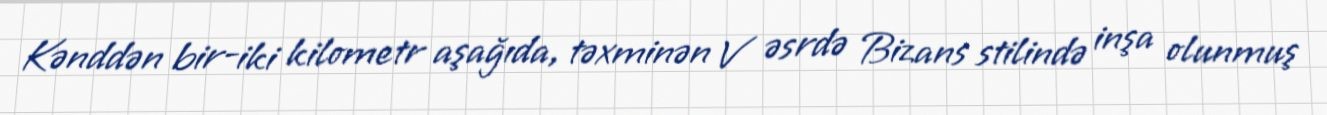
Kənddən bir-iki kilometr aşağıda, təxminən V əsrdə Bizans stilində inşa olunmuş